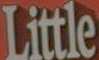
Little